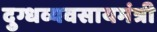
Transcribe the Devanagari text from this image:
दुग्धव्यवसायमंत्री